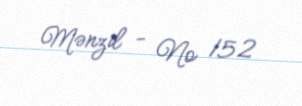
Mənzil - № 152